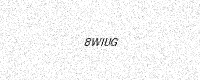
Text: 8WIUG